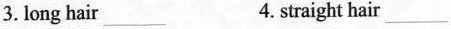
3. long hair _________ 4. straight hair____________